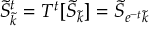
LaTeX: \tilde { S } _ { \tilde { k } } ^ { t } = T ^ { t } [ \tilde { S } _ { \tilde { k } } ] = \tilde { S } _ { e ^ { - t } \tilde { k } }